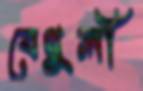
বেথুলী